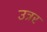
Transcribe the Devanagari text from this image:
उत्रर